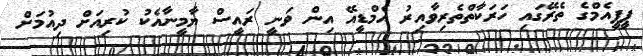
ޕީޕީއެމްގެ ތެރޭގައި ހަރަކާތްތެެރިވާއިރު އެމްޑީއޭ އިން ވަނީ ރައީސް ޔާމީނާއެކު ކުރިއަށް ދިއުމަށް